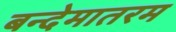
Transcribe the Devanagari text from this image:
बन्देमातरम